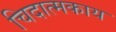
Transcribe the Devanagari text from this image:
चिदात्मकाय